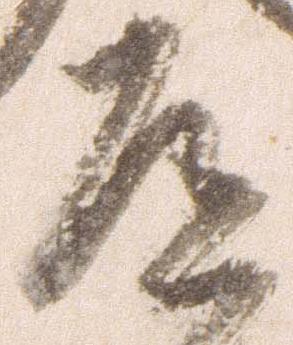
道